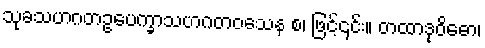
သုခသဟဂတဥပေက္ခာသဟဂတဝသေန စ၊ ဖြင့်၎င်း။ တထာဒုဝိဓော၊